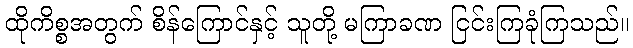
ထိုကိစ္စအတွက် စိန်ကြောင်နှင့် သူတို့ မကြာခဏ ငြင်းကြခုံကြသည်။